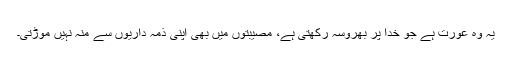
یہ وہ عورت ہے جو خدا پر بھروسہ رکھتی ہے، مصیبتوں میں بھی اپنی ذمہ داریوں سے منہ نہیں موڑتی۔